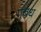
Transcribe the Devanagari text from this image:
गुबध